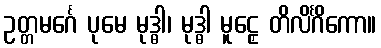
ဥတ္တမင်္ဂေ ပုမေ မုဒ္ဓါ၊ မုဒ္ဓါ မူဠှေ တိလိင်္ဂိကော။